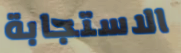
الاستجابة